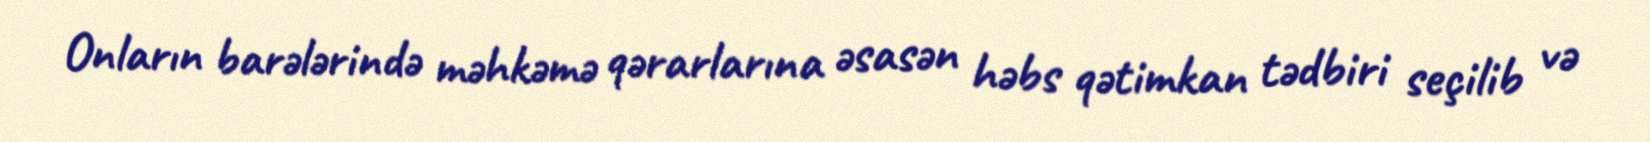
Onların barələrində məhkəmə qərarlarına əsasən həbs qətimkan tədbiri seçilib və